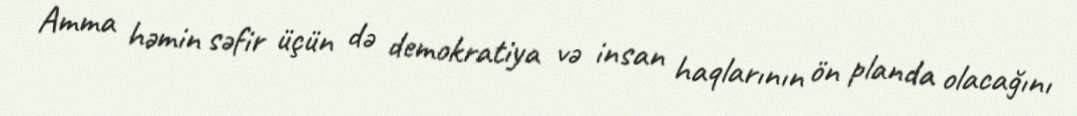
Amma həmin səfir üçün də demokratiya və insan haqlarının ön planda olacağını